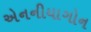
એનનીયાગોન